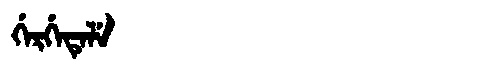
Manchu: ᡤᡝᡵᡤᡝᡨᡝᠯᡝ
Romanization: GERGETELE